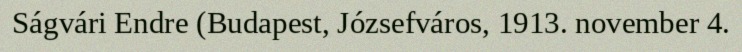
Ságvári Endre (Budapest, Józsefváros, 1913. november 4.